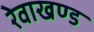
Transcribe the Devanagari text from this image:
रेवाखण्ड